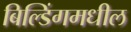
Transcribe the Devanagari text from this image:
बिल्डिंगमधील